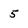
Character: 5